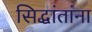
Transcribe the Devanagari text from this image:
सिद्धांतांना